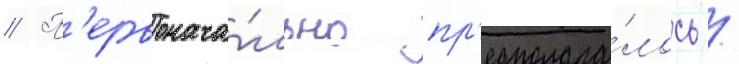
// П'ервонача́льно пр'едполага́лось /